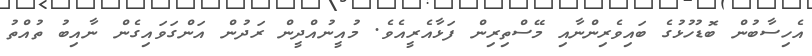
އެހިސާބުން ބޮޑުހުޅުގެ ބައިވެރިންނާއި މޭސްތިރިން ފަޅާއެރީއެވެ. މުއީނުއްދީން ރަދުން އަންގަވައިގެން ނާއިބު ތުއްތު